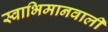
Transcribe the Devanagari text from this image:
स्वाभिमानवाली